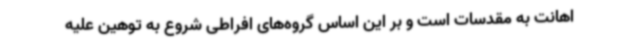
اهانت به مقدسات است و بر این اساس گروه‌های افراطی شروع به توهین علیه